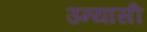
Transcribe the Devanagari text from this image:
उन्यासी